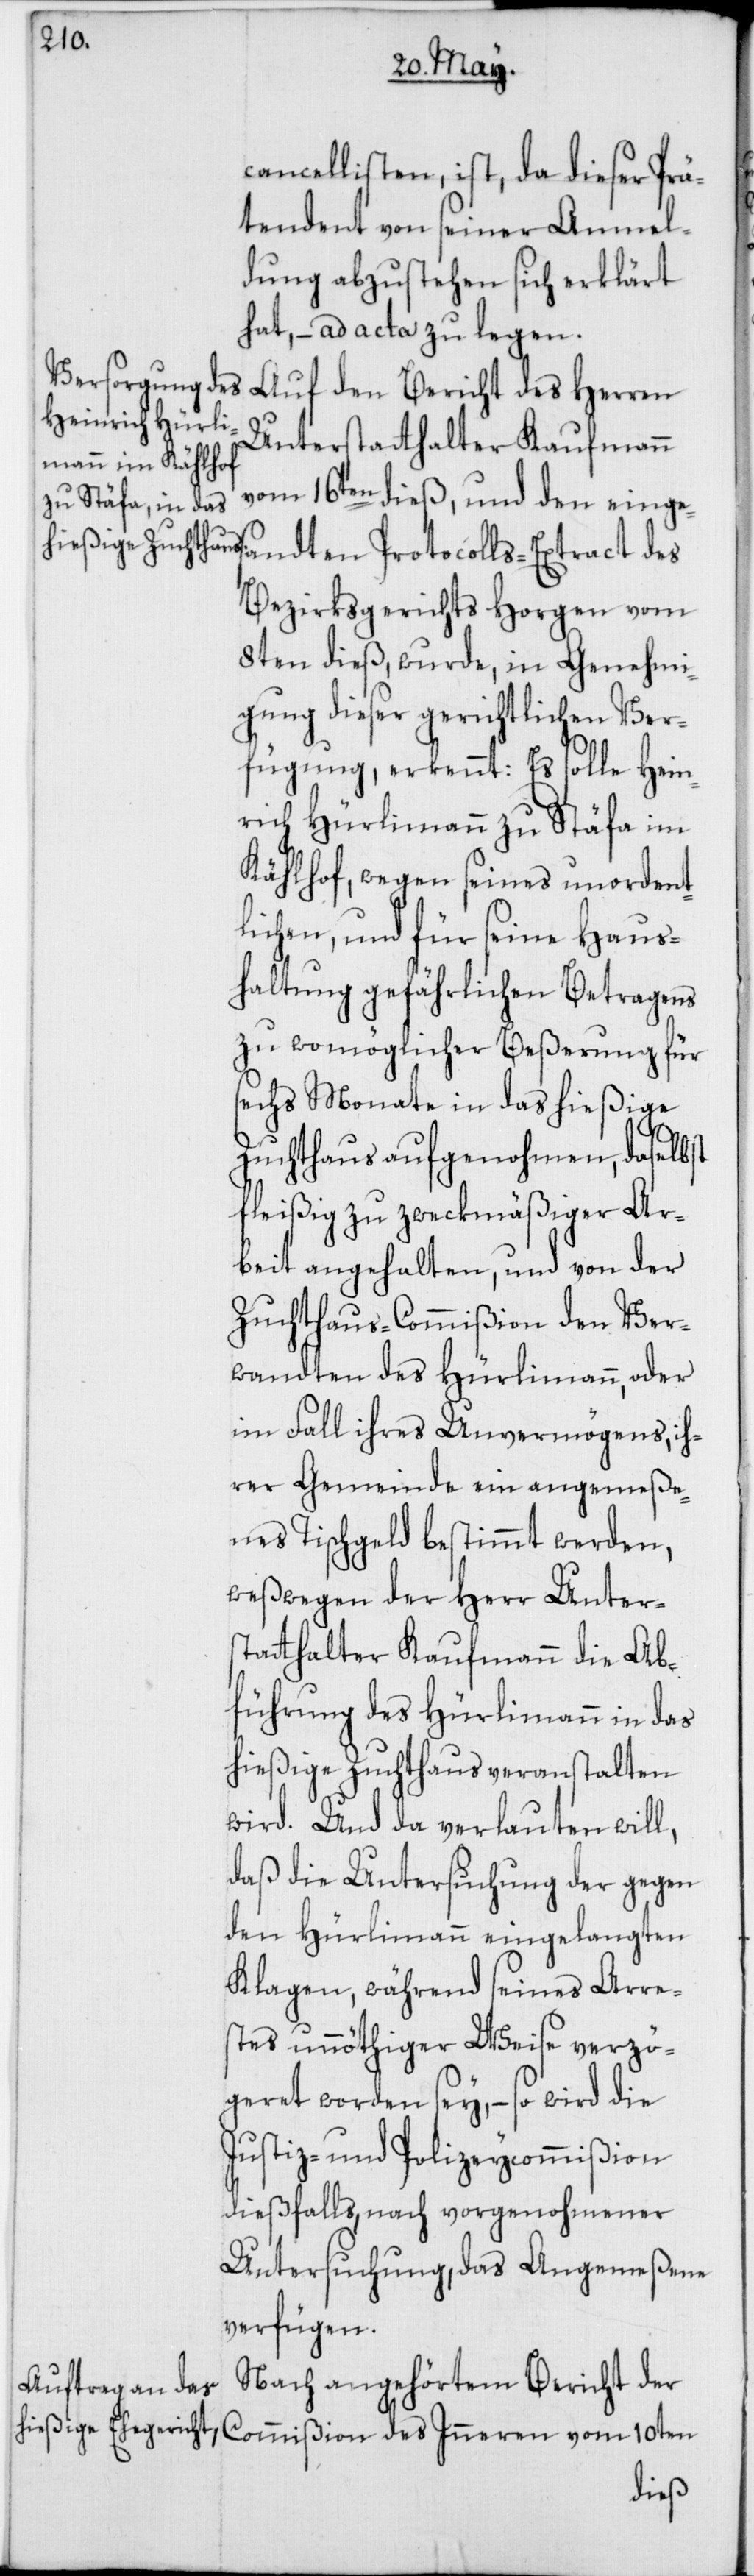
cancellisten, ist, da dieser Prä¬
tendent von seiner Anmel¬
dung abzustehen sich erklärt
hat, – ad acta zu legen.
Auf den Bericht des Herren
Unterstatthalter Kaufmann
vom 16ten dieß, und den eingesa¬
Bezirksgerichts Horgen vom
8ten dieß, wurde, in Genehmi¬
gung dieser gerichtlichen Ver¬
fügung, erkennt: Es solle Hein¬
rich Hürlimann zu Stäfa im
Kählhof, wegen seines unordent¬
lichen, und für seine Haus¬
haltung gefährlichen Betragens
zu womöglicher Beßerung für
sechs Monate in das hießige
Zuchthaus aufgenohmen, daselbst
fleißig zu zweckmäßiger Ar¬
beit angehalten, und von der
Zuchthaus-Commißion den Ver¬
wandten des Hürlimann, oder
im Fall ihres Unvermögens, ih¬
rer Gemeinde ein angemeße¬
nes Tischgeld bestimmt werden,
weßwegen der Herr Unter¬
statthalter Kaufmann die Ab¬
führung des Hürlimann in das
hießige Zuchthaus veranstalten
wird. Und da verlauten will,
daß die Untersuchung der gegen
den Hürlimann eingelangten
Klagen, während seines Arre¬
stes unnöthiger Weise verzö¬
geret worden sey, – so wird die
Justiz- und Polizey-Commißion
dießfalls nach vorgenohmener
Untersuchung, das Angemeßene
verfügen.
Nach angehörtem Bericht der
des